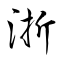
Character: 浙